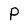
Character: P